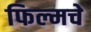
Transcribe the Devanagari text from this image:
फिल्मचे